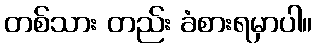
တစ်သား တည်း ခံစားရမှာပါ။